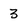
Character: 3